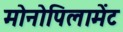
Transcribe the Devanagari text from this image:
मोनोपिलामेंट